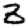
Digit: 3